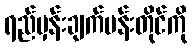
ရည်မှန်းချက်ပန်းတိုင်ကို